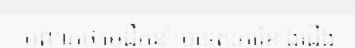
បញ្ជាក់ថាមេដឹកនាំប្រទេសកូរ៉េខាងជើង